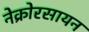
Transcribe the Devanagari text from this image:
नेक्रोरसायन